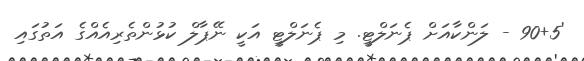
'90+5 - ލަންކާއަށް ޕެނަލްޓީ. މި ޕެނަލްޓީ އަކީ ނޭޕާލް ކުޅުންތެރިއެއްގެ އަތުގައި